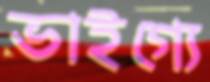
ভাইগ্যে